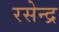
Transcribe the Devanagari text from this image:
रसेन्द्र